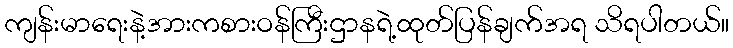
ကျန်းမာရေးနဲ့အားကစားဝန်ကြီးဌာနရဲ့ထုတ်ပြန်ချက်အရ သိရပါတယ်။